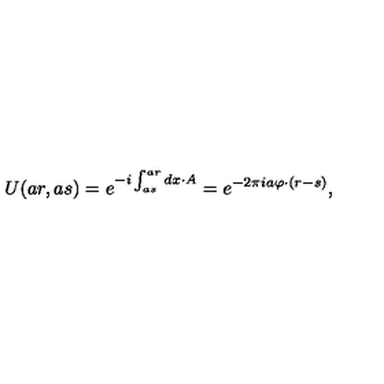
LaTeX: U ( a r , a s ) = e ^ { - i \int _ { a s } ^ { a r } d x \cdot A } = e ^ { - 2 \pi i a \varphi \cdot ( r - s ) } ,